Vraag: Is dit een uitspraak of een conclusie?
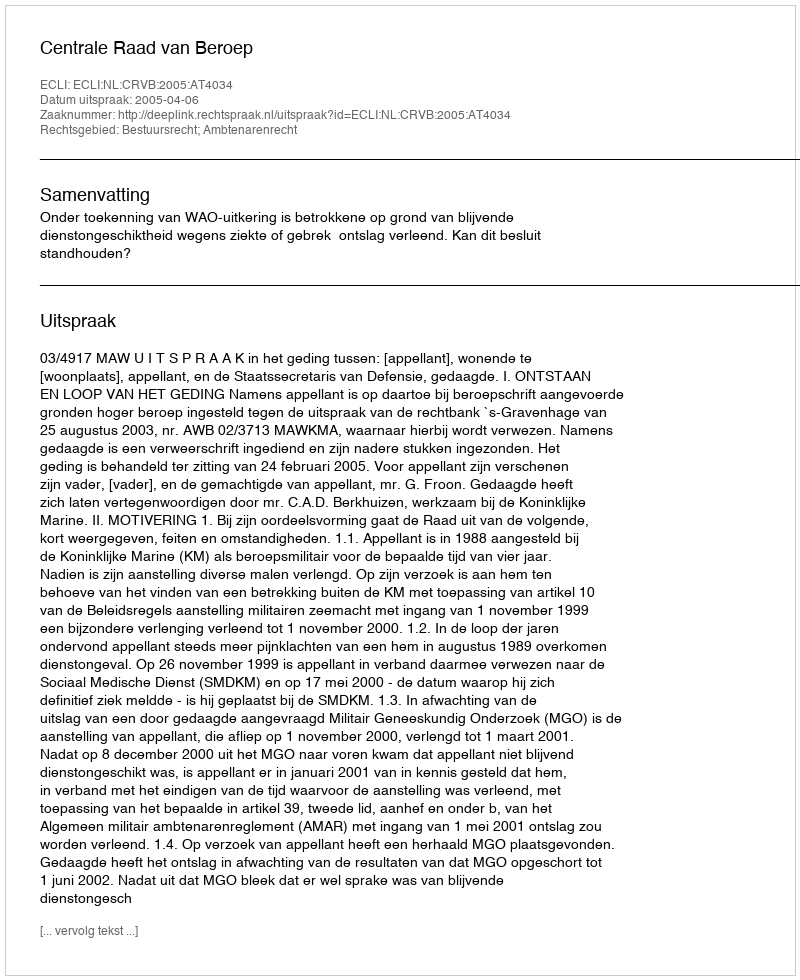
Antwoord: Uitspraak